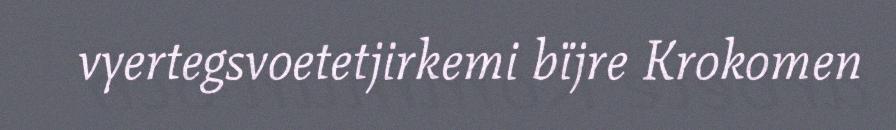
vyertegsvoetetjirkemi bïjre Krokomen